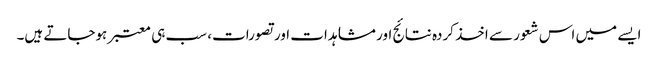
ایسے میں اس شعور سے اخذ کردہ نتائج اور مشاہدات اور تصورات، سب ہی معتبر ہوجاتے ہیں۔